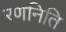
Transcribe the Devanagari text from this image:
रणनिति